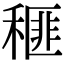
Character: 𥠶